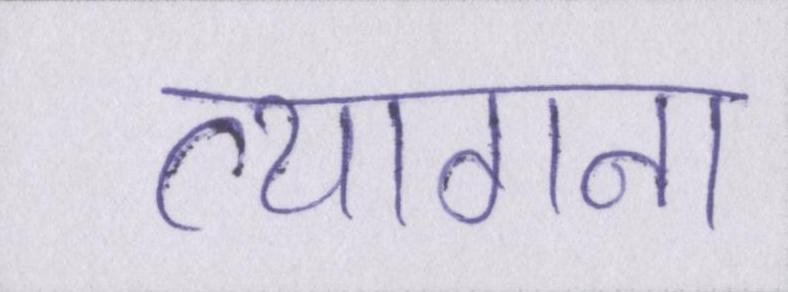
त्यागना